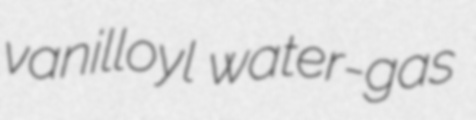
vanilloyl water-gas